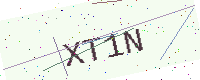
Text: XT1N